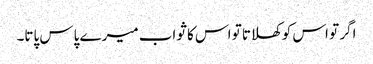
اگر تو اس کو کھلاتا تو اس کا ثواب میرے پاس پاتا۔